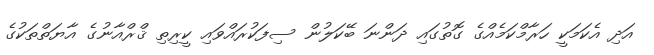
އަދި އެކަމަކީ ހަރާމްކަމެއްގެ ގޮތުގައި ދަންނަ ބޭކަލުން ސިފަކުރައްވައި ކީރިތި ޤްރްއާނުގެ އާޔަތްތަކުގެ